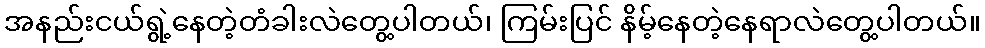
အနည်းငယ်ရွဲ့နေတဲ့တံခါးလဲတွေ့ပါတယ်၊ ကြမ်းပြင် နိမ့်နေတဲ့နေရာလဲတွေ့ပါတယ်။